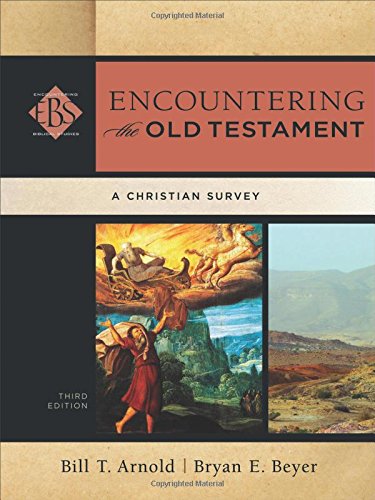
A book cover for Encountering the Old Testament: A Christian Survey (Encountering Biblical Studies); Bill T. Arnold; Christian Books & Bibles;